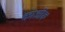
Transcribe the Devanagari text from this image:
काओरू